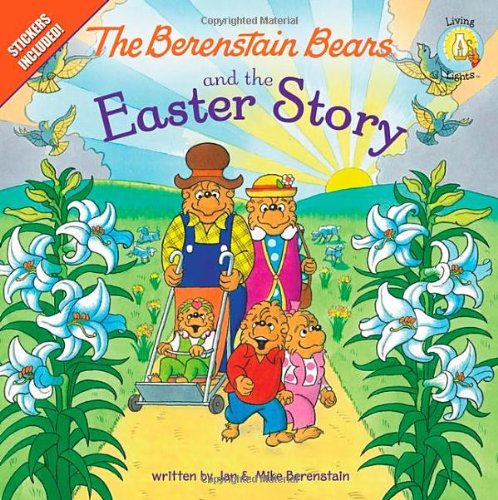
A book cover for The Berenstain Bears and the Easter Story (Berenstain Bears/Living Lights); Mike Berenstain; Christian Books & Bibles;